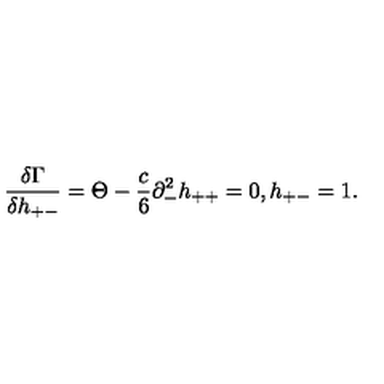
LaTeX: { \frac { \delta \Gamma } { \delta h _ { + - } } } = \Theta - \frac { c } { 6 } \partial _ { - } ^ { 2 } h _ { + + } = 0 , h _ { + - } = 1 .